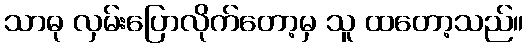
သာဓု လှမ်းပြောလိုက်တော့မှ သူ ထတော့သည်။